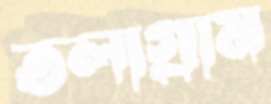
তলাগ্রাম